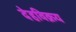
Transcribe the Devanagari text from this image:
देहविक्रय